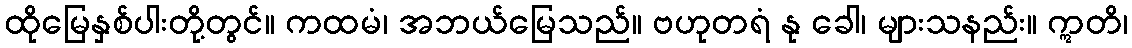
ထိုမြေနှစ်ပါးတို့တွင်။ ကထမံ၊ အဘယ်မြေသည်။ ဗဟုတရံ နု ခေါ၊ များသနည်း။ ဣတိ၊